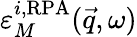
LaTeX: \varepsilon_{M}^{i,\mathrm{RPA}}(\vec{q},\omega)